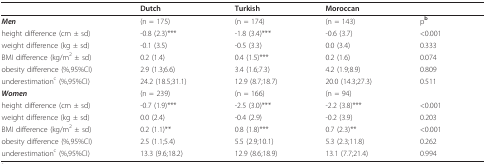
|  | Dutch | Turkish | Moroccan |  |
 | --- | --- | --- | --- | --- |
 | Men | (n = 175) | (n = 174) | (n = 143) | pb |
 | height difference (cm ± sd) | -0.8 (2.3)*** | -1.8 (3.4)*** | -0.6 (3.7) | <0.001 |
 | weight difference (kg ± sd) | -0.1 (3.5) | -0.5 (3.3) | 0.0 (3.4) | 0.333 |
 | BMI difference (kg/m2 ± sd) | 0.2 (1.4) | 0.4 (1.5)*** | 0.2 (1.6) | 0.074 |
 | obesity difference (%,95%CI) | 2.9 (1.3;6.6) | 3.4 (1.6;7.3) | 4.2 (1.9;8.9) | 0.809 |
 | underestimationc (%,95%CI) | 24.2 (18.5;31.1) | 12.9 (8.7;18.7) | 20.0 (14.3;27.3) | 0.511 |
 | Women | (n = 239) | (n = 166) | (n = 94) |  |
 | height difference (cm ± sd) | -0.7 (1.9)*** | -2.5 (3.0)*** | -2.2 (3.8)*** | <0.001 |
 | weight difference (kg ± sd) | 0.0 (2.4) | -0.4 (2.9) | -0.2 (3.9) | 0.203 |
 | BMI difference (kg/m2 ± sd) | 0.2 (1.1)** | 0.8 (1.8)*** | 0.7 (2.3)** | <0.001 |
 | obesity difference (%,95%CI) | 2.5 (1.1;5.4) | 5.5 (2.9;10.1) | 5.3 (2.3;11.8) | 0.262 |
 | underestimationc (%,95%CI) | 13.3 (9.6;18.2) | 12.9 (8.6;18.9) | 13.1 (7.7;21.4) | 0.994 |